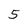
Character: 5